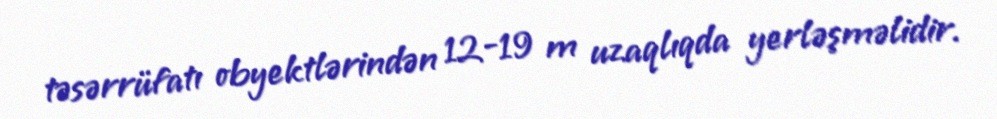
təsərrüfatı obyektlərindən 12-19 m uzaqlıqda yerləşməlidir.